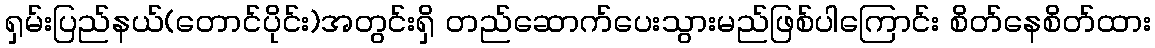
ရှမ်းပြည်နယ်(တောင်ပိုင်း)အတွင်းရှိ တည်ဆောက်ပေးသွားမည်ဖြစ်ပါကြောင်း စိတ်နေစိတ်ထား